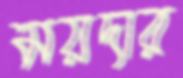
ময়দার